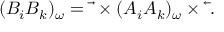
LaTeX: ( B _ { i } B _ { k } ) _ { \omega } = \overrightarrow { { \bf \nabla } } \times ( A _ { i } A _ { k } ) _ { \omega } \times \overleftarrow { { \bf \nabla } } .